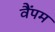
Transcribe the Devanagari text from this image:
वैंपम